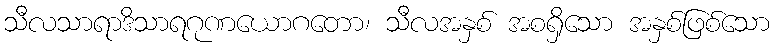
သီလသာရာဒိသာရဂုဏယောဂတော၊ သီလအနှစ် အစရှိသော အနှစ်ဖြစ်သော